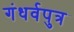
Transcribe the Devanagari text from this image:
गंधर्वपुत्र